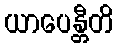
ယာပေန္တီတိ